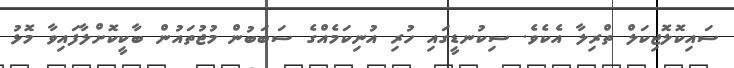
ސައިކޮލޮޖިކަލް ތްރިލާ އެކެވެ. ސިކުނޑީގައި ހުރި އުނިކަމެއްގެ ސަބަބުން މުޖުތައުން ބާކީކޮށްލާފައިވާ މޮޅު